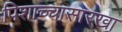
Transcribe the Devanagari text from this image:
पिशाच्चासारखा